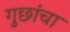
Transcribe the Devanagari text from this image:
गुछांचा